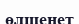
өлшенет